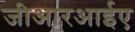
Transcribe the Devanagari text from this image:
जीआरआईए